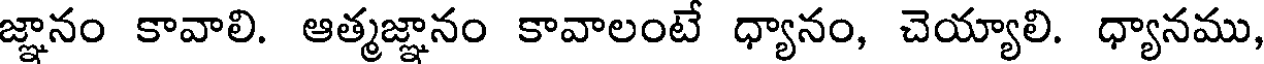
జ్ఞానం కావాలి. ఆత్మజ్ఞానం కావాలంటే ధ్యానం, చెయ్యాలి. ధ్యానము,